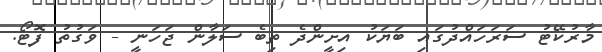
މާރުކޭޓު ސަރަހައްދުގައި ބަޔަކު އިށީންދެ ތިބެ ސަލާން ޖަހަނީ - ވަގުތު ފޮޓޯ: